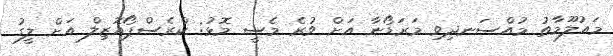
މައުލޫމާތު މުއްސަނދިވި މަރަޑޯނާ އަށް ވުރެ މެސީ މޮޅު: ކްރެސްޕޯއޮޒިލް އަށް ލީގު